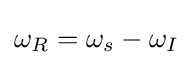
\omega _{R}=\omega _{s}-\omega _{I}